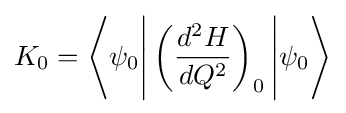
K_{0}=\left\langle \psi _{0}{\Biggr |}\left({\frac {d^{2}H}{dQ^{2}}}\right)_{0}{\Biggr |}\psi _{0}\right\rangle